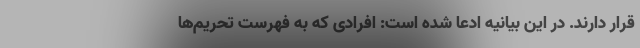
قرار دارند. در این بیانیه ادعا شده است: افرادی که به فهرست تحریم‌ها